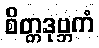
စိတ္တဒုဗ္ဘကံ